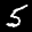
Label: 5